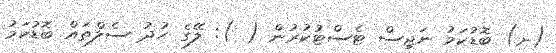
(ށ) ބޮޑުކަމު ނަޖިސް ޓެސްޓުކުރުން ( ): ލޭގެ ހުދު ސެލްތައް ބޮޑުކަމު